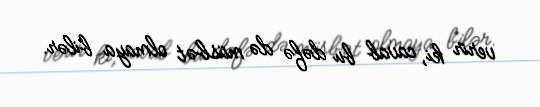
verir ki, cavab bu dəfə də müsbət olmaya bilər.